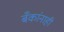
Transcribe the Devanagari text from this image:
बँकांनाही